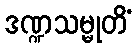
ဒဏ္ဍသမ္မုတိံ